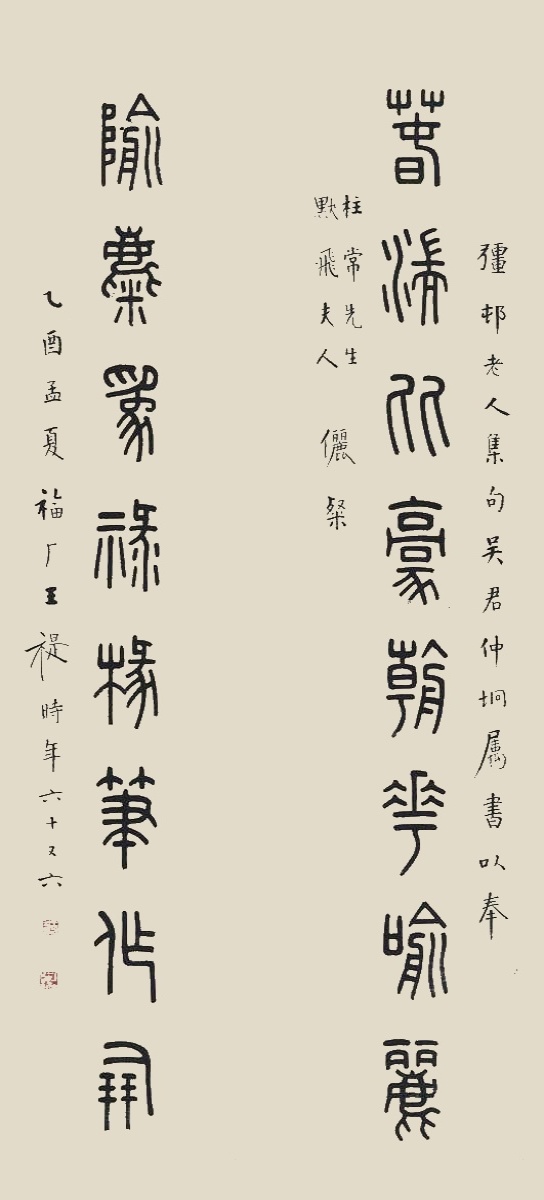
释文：春湍比豪朝花喻丽，隃麋为禄椽笔作朋。强邨老人集句，吴君仲垧属书以奉柱常先生、默飞夫人俪粲，乙酉孟夏，福厂王禔，时年六十又六。